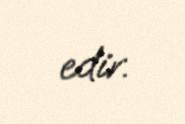
edir.